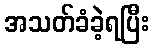
အသတ်ခံခဲ့ရပြီး